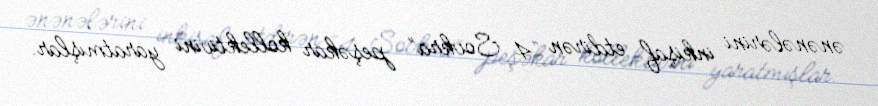
ənənələrini inkişaf etdirən “4 Sovkra” peşəkar kollektivini yaratmışlar.